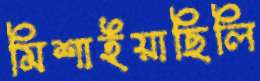
মিশাইয়াছিলি